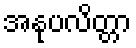
အနုပလိတ္တာ